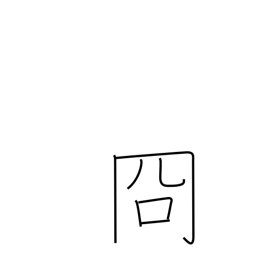
Meaning: clear